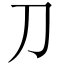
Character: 刀